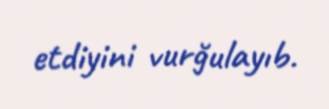
etdiyini vurğulayıb.